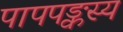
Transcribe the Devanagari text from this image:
पापपङ्कस्य